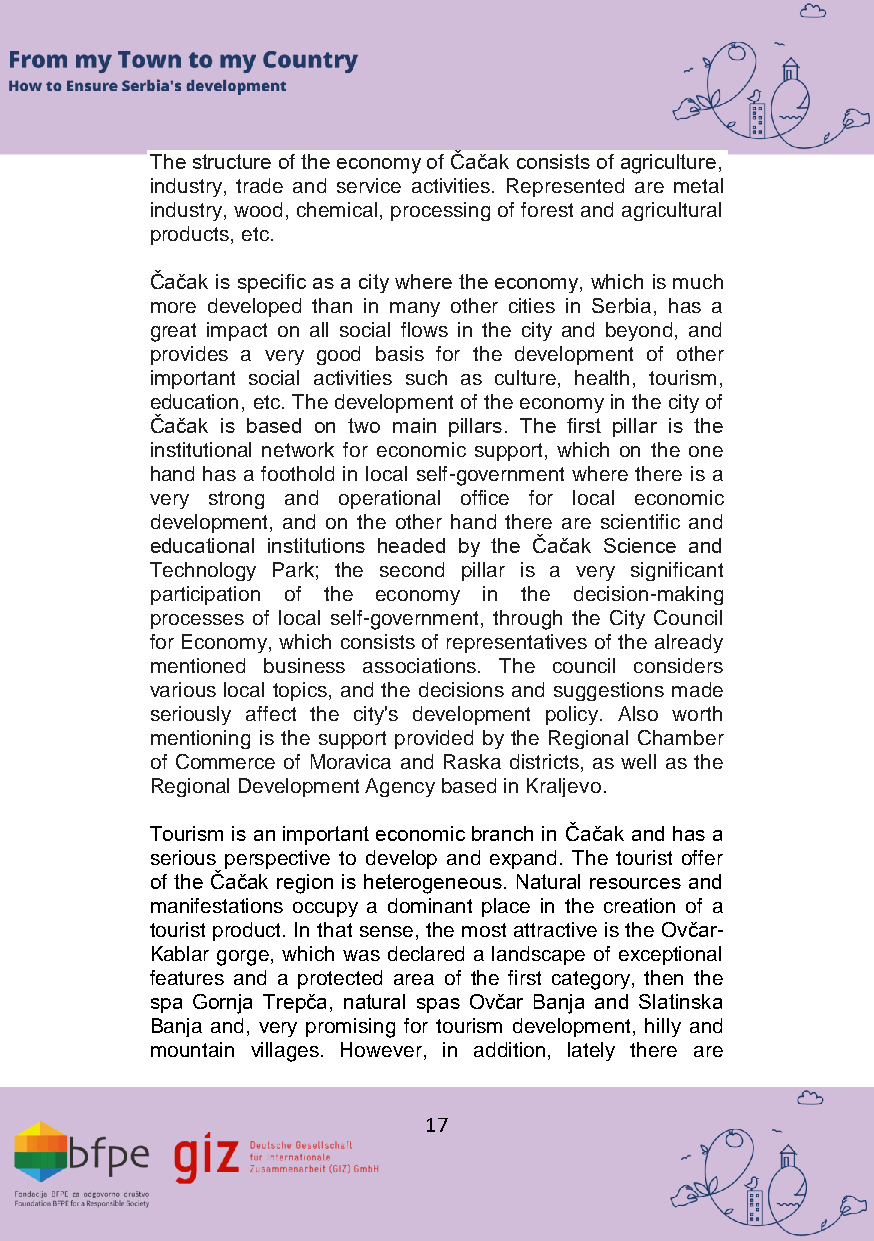
The structure of the economy of Čačak consists of agriculture,
 industry, trade and service activities. Represented are metal
 industry, wood, chemical, processing of forest and agricultural
 products, etc.
 Čačak is specific as a city where the economy, which is much
 more developed than in many other cities in Serbia, has a
 great impact on all social flows in the city and beyond, and
 provides a very good basis for the development of other
 important social activities such as culture, health, tourism,
 education, etc. The development of the economy in the city of
 Čačak is based on two main pillars. The first pillar is the
 institutional network for economic support, which on the one
 hand has a foothold in local self-government where there is a
 very strong and operational office for local economic
 development, and on the other hand there are scientific and
 educational institutions headed by the Čačak Science and
 Technology Park; the second pillar is a very significant
 participation of the economy in the decision-making
 processes of local self-government, through the City Council
 for Economy, which consists of representatives of the already
 mentioned business associations. The council considers
 various local topics, and the decisions and suggestions made
 seriously affect the city's development policy. Also worth
 mentioning is the support provided by the Regional Chamber
 of Commerce of Moravica and Raska districts, as well as the
 Regional Development Agency based in Kraljevo.
 Tourism is an important economic branch in Čačak and has a
 serious perspective to develop and expand. The tourist offer
 of the Čačak region is heterogeneous. Natural resources and
 manifestations occupy a dominant place in the creation of a
 tourist product. In that sense, the most attractive is the Ovčar-
 Kablar gorge, which was declared a landscape of exceptional
 features and a protected area of the first category, then the
 spa Gornja Trepča, natural spas Ovčar Banja and Slatinska
 Banja and, very promising for tourism development, hilly and
 mountain villages. However, in addition, lately there are
 17